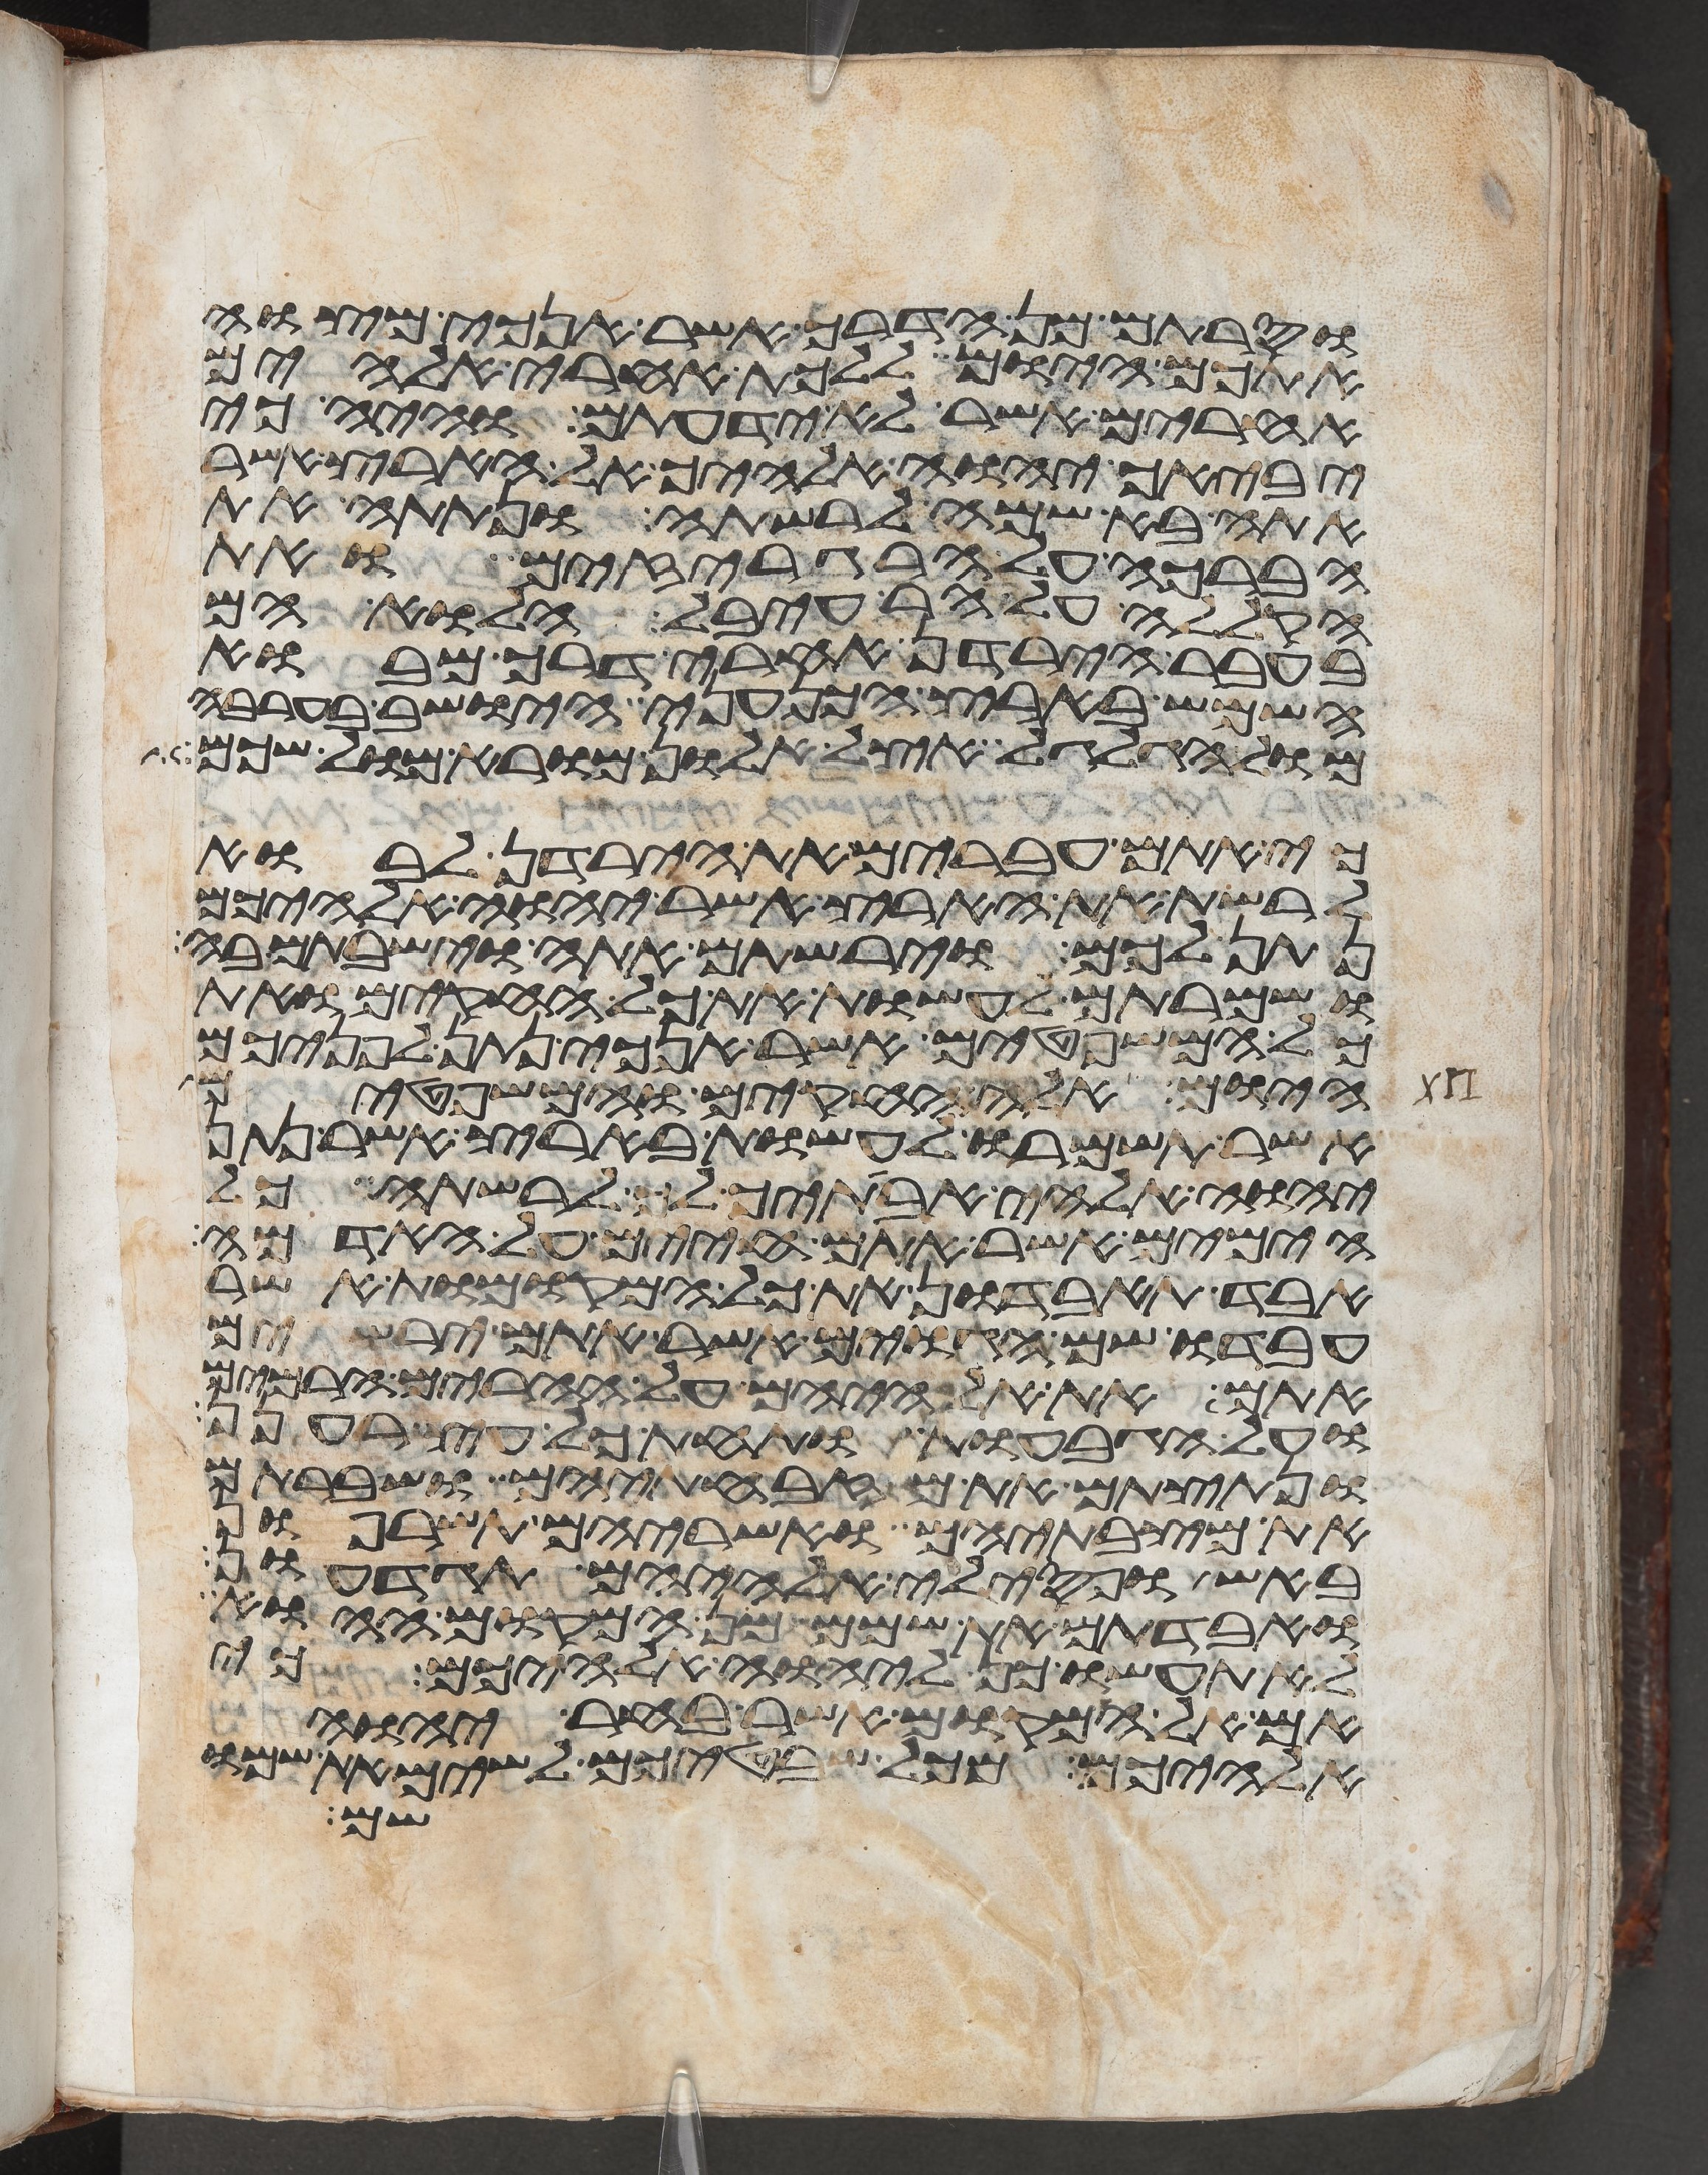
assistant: וסרתם מן הדרך אשר אנכי מצוה
אתכם היום ללכת אחרי אלהים
אחרים אשר לא ידעתם והיה כי
יביאך יהוה אלהיך אל הארץ אשר
אתה בא שמה לרשתה ונתתה את
הברכה על הרגריזים ואת
הקללה על הר עיבל הלוא הם
בעבר הירדן אחרי דרך מבוא
השמש בארץ הכנעני הישב בערבה
מול הגלגל אצל אלון מורא מול שכם
כי אתם עברים את הירדן לבוא
לרשת את הארץ אשר יהוה אלהיכם
נתן לכם וירשתם אתה וישבתם בה
ושמרתם לעשות את כל החקים ואת
כל המשפטים אשר אנכי נתן לפניכם
היום אלה החקים והמשפטים
אשר תשמרו לעשות בארץ אשר נתן
יהוה אלהי אבתיך לך לרשתה כל
הימים אשר אתם חיים על האדמה
אבד תאבדון את כל המקומות אשר
עבדו שם הגוים אשר אתם ירשים
אתם את אלהיהם על ההרים הרמים
ועל הגבעות ותחת כל עץ רענן
ונתצתם את מזבחתיהם ושברתם
את מצבתיהם ואשריהם תשרפון
באש ופסילי אלהיהם תגדעון
ואבדתם את שמם מן המקום ההוא
לא תעשו כן ליהוה אלהיכם כי
אם אל המקום אשר בחר יהוה
אלהיכם מכל שבטיכם לשים את שמו
שם